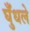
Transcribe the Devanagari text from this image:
घुँधले